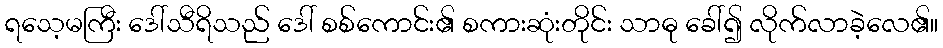
ရသေ့မကြီး ဒေါ်သီရိသည် ဒေါ် စစ်ကောင်း၏ စကားဆုံးတိုင်း သာဓု ခေါ်၍ လိုက်လာခဲ့လေ၏။